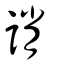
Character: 誚